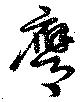
膺